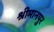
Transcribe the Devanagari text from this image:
श्रीमानपुर